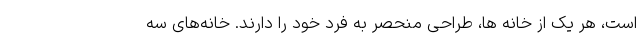
است، هر یک از خانه ها، طراحی منحصر به فرد خود را دارند. خانه‌های سه